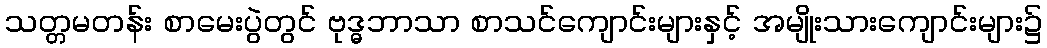
သတ္တမတန်း စာမေးပွဲတွင် ဗုဒ္ဓဘာသာ စာသင်ကျောင်းများနှင့် အမျိုးသားကျောင်းများ၌